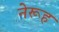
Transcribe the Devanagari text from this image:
नेरूह